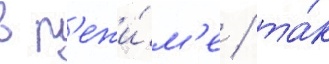
в р'ежи́м'е / та́к